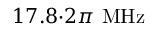
1 7 . 8 { \cdot } 2 \pi \ \mathrm { M H z }